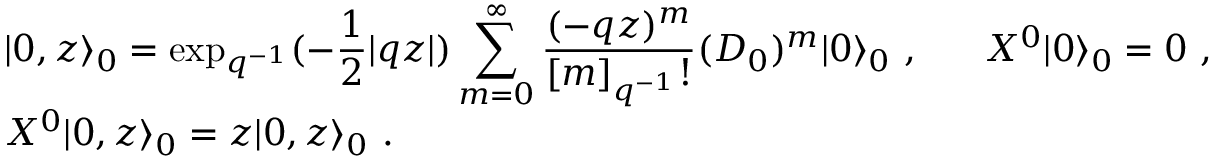
\begin{array} { l } { { \vert 0 , z \rangle _ { 0 } = \displaystyle \exp _ { q ^ { - 1 } } ( - \frac { 1 } { 2 } | q z | ) \sum _ { m = 0 } ^ { \infty } \frac { ( - q z ) ^ { m } } { [ m ] _ { q ^ { - 1 } } ! } ( { \cal D } _ { 0 } ) ^ { m } \vert 0 \rangle _ { 0 } ~ , ~ ~ ~ ~ ~ { \cal X } ^ { 0 } \vert 0 \rangle _ { 0 } = 0 ~ , } } \\ { { { \cal X } ^ { 0 } \vert 0 , z \rangle _ { 0 } = z \vert 0 , z \rangle _ { 0 } ~ . } } \end{array}